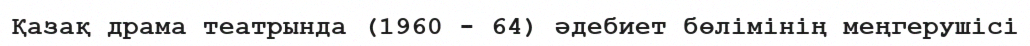
Қазақ драма театрында (1960 - 64) әдебиет бөлімінің меңгерушісі